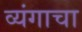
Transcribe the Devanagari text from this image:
व्यंगाचा